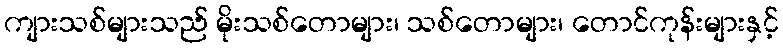
ကျားသစ်များသည် မိုးသစ်တောများ၊ သစ်တောများ၊ တောင်ကုန်းများနှင့်